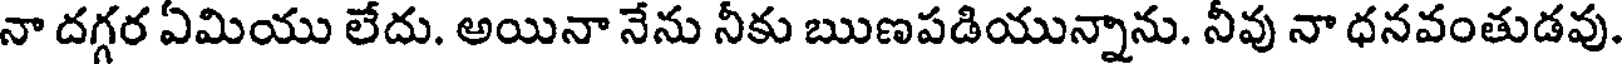
నా దగ్గర ఏమియు లేదు. అయినా నేను నీకు ఋణపడియున్నాను. నీవు నా ధనవంతుడవు.